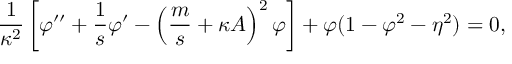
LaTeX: \frac { 1 } { \kappa ^ { 2 } } \left[ \varphi ^ { \prime \prime } + \frac { 1 } { s } \varphi ^ { \prime } - \left( \frac { m } { s } + \kappa A \right) ^ { 2 } \varphi \right] + \varphi ( 1 - \varphi ^ { 2 } - \eta ^ { 2 } ) = 0 ,